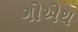
ગોએથ